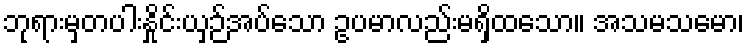
ဘုရားမှတပါးနှိုင်းယှဉ်အပ်သော ဥပမာလည်းမရှိထသော။ အသမသမော၊